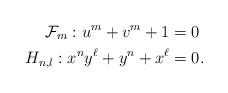
LaTeX: \begin{align*}\mathcal{F}_m: u^m + v^m + 1 &= 0 \\H_{n,l}: x^n y^\ell + y^n + x^\ell &= 0. \\\end{align*}